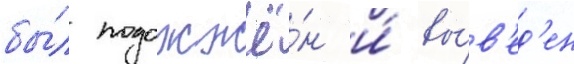
бы́л подожжё́н и́ вы́в'ед'ен